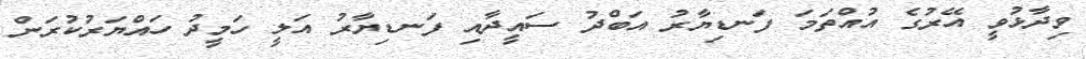
ވިދާޅުވީ އޭރުގެ އުއްތަމަ ފަނޑިޔާރު އަބްދު ސައީދާއި ފަނޑިޔާރު އަލީ ހަމީދު ހައްޔަރުކުރަން